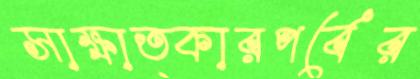
সাক্ষাত্কারপর্বের